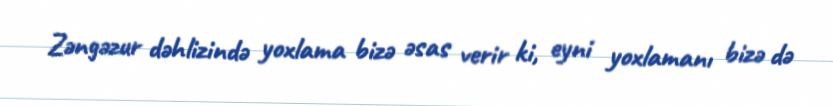
Zəngəzur dəhlizində yoxlama bizə əsas verir ki, eyni yoxlamanı bizə də